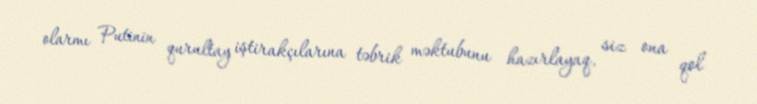
olarmı Putinin qurultay iştirakçılarına təbrik məktubunu hazırlayaq, siz ona qol